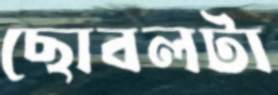
ছোবলটা